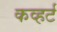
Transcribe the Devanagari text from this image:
कव्हर्ट